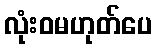
လုံးဝမဟုတ်ပေ